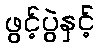
ဖွင့်ပွဲနှင့်